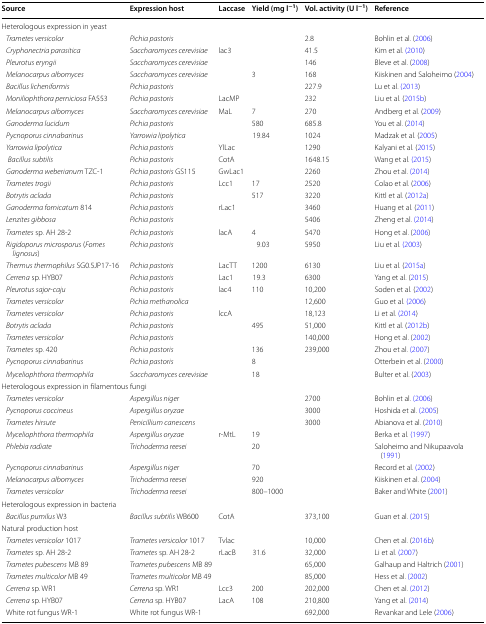
<table><thead><tr><td><b>Source</b></td><td><b>Expression host</b></td><td><b>Laccase</b></td><td><b>Yield (mg l<sup>−1</sup>)</b></td><td><b>Vol. activity (U l<sup>−1</sup>)</b></td><td><b>Reference</b></td></tr></thead><tbody><tr><td colspan="6">Heterologous expression in yeast</td></tr><tr><td><i> Trametes versicolor</i></td><td><i>Pichia pastoris</i></td><td></td><td></td><td>2.8</td><td>Bohlin et al. (2006)</td></tr><tr><td><i> Cryphonectria parasitica</i></td><td><i>Saccharomyces cerevisiae</i></td><td>lac3</td><td></td><td>41.5</td><td>Kim et al. (2010)</td></tr><tr><td><i> Pleurotus eryngii</i></td><td><i>Saccharomyces cerevisiae</i></td><td></td><td></td><td>146</td><td>Bleve et al. (2008)</td></tr><tr><td><i> Melanocarpus albomyces</i></td><td><i>Saccharomyces cerevisiae</i></td><td></td><td>3</td><td>168</td><td>Kiiskinen and Saloheimo (2004)</td></tr><tr><td><i> Bacillus licheniformis</i></td><td><i>Pichia pastoris</i></td><td></td><td></td><td>227.9</td><td>Lu et al. (2013)</td></tr><tr><td><i> Moniliophthora perniciosa</i> FA553</td><td><i>Pichia pastoris</i></td><td>LacMP</td><td></td><td>232</td><td>Liu et al. (2015b)</td></tr><tr><td><i> Melanocarpus albomyces</i></td><td><i>Saccharomyces cerevisiae</i></td><td>MaL</td><td>7</td><td>270</td><td>Andberg et al. (2009)</td></tr><tr><td><i> Ganoderma lucidum</i></td><td><i>Pichia pastoris</i></td><td></td><td>580</td><td>685.8</td><td>You et al. (2014)</td></tr><tr><td><i> Pycnoporus cinnabarinus</i></td><td><i>Yarrowia lipolytica</i></td><td></td><td>19.84</td><td>1024</td><td>Madzak et al. (2005)</td></tr><tr><td><i> Yarrowia lipolytica</i></td><td><i>Pichia pastoris</i></td><td>YlLac</td><td></td><td>1290</td><td>Kalyani et al. (2015)</td></tr><tr><td> <i> Bacillus subtilis</i></td><td><i>Pichia pastoris</i></td><td>CotA</td><td></td><td>1648.15</td><td>Wang et al. (2015)</td></tr><tr><td><i> Ganoderma weberianum</i> TZC-1</td><td><i>Pichia pastoris</i> GS115</td><td>GwLac1</td><td></td><td>2260</td><td>Zhou et al. (2014)</td></tr><tr><td><i> Trametes trogii</i></td><td><i>Pichia pastoris</i></td><td>Lcc1</td><td>17</td><td>2520</td><td>Colao et al. (2006)</td></tr><tr><td><i> Botrytis aclada</i></td><td><i>Pichia pastoris</i></td><td></td><td>517</td><td>3220</td><td>Kittl et al. (2012a)</td></tr><tr><td><i> Ganoderma fornicatum</i> 814</td><td><i>Pichia pastoris</i></td><td>rLac1</td><td></td><td>3460</td><td>Huang et al. (2011)</td></tr><tr><td><i> Lenzites gibbosa</i></td><td><i>Pichia pastoris</i></td><td></td><td></td><td>5406</td><td>Zheng et al. (2014)</td></tr><tr><td><i> Trametes</i> sp. AH 28-2</td><td><i>Pichia pastoris</i></td><td>lacA</td><td>4</td><td>5470</td><td>Hong et al. (2006)</td></tr><tr><td><i> Rigidoporus microsporus</i> (<i>Fomes lignosus</i>)</td><td><i>Pichia pastoris</i></td><td></td><td>9.03</td><td>5950</td><td>Liu et al. (2003)</td></tr><tr><td><i> Thermus thermophilus</i> SG0.5JP17-16</td><td><i>Pichia pastoris</i></td><td>LacTT</td><td>1200</td><td>6130</td><td>Liu et al. (2015a)</td></tr><tr><td><i> Cerrena</i> sp. HYB07</td><td><i>Pichia pastoris</i></td><td>Lac1</td><td>19.3</td><td>6300</td><td>Yang et al. (2015)</td></tr><tr><td><i> Pleurotus sajor</i>-<i>caju</i></td><td><i>Pichia pastoris</i></td><td>lac4</td><td>110</td><td>10,200</td><td>Soden et al. (2002)</td></tr><tr><td><i> Trametes versicolor</i></td><td><i>Pichia methanolica</i></td><td></td><td></td><td>12,600</td><td>Guo et al. (2006)</td></tr><tr><td><i> Trametes versicolor</i></td><td><i>Pichia pastoris</i></td><td>lccA</td><td></td><td>18,123</td><td>Li et al. (2014)</td></tr><tr><td><i> Botrytis aclada</i></td><td><i>Pichia pastoris</i></td><td></td><td>495</td><td>51,000</td><td>Kittl et al. (2012b)</td></tr><tr><td><i> Trametes versicolor</i></td><td><i>Pichia pastoris</i></td><td></td><td></td><td>140,000</td><td>Hong et al. (2002)</td></tr><tr><td><i> Trametes</i> sp. 420</td><td><i>Pichia pastoris</i></td><td></td><td>136</td><td>239,000</td><td>Zhou et al. (2007)</td></tr><tr><td><i> Pycnoporus cinnabarinus</i></td><td><i>Pichia pastoris</i></td><td></td><td>8</td><td></td><td>Otterbein et al. (2000)</td></tr><tr><td><i> Myceliophthora thermophila</i></td><td><i>Saccharomyces cerevisiae</i></td><td></td><td>18</td><td></td><td>Bulter et al. (2003)</td></tr><tr><td colspan="6">Heterologous expression in filamentous fungi</td></tr><tr><td><i> Trametes versicolor</i></td><td><i>Aspergillus niger</i></td><td></td><td></td><td>2700</td><td>Bohlin et al. (2006)</td></tr><tr><td><i> Pycnoporus coccineus</i></td><td><i>Aspergillus oryzae</i></td><td></td><td></td><td>3000</td><td>Hoshida et al. (2005)</td></tr><tr><td><i> Trametes hirsute</i></td><td><i>Penicillium canescens</i></td><td></td><td></td><td>3000</td><td>Abianova et al. (2010)</td></tr><tr><td><i> Myceliophthora thermophila</i></td><td><i>Aspergillus oryzae</i></td><td>r-MtL</td><td>19</td><td></td><td>Berka et al. (1997)</td></tr><tr><td><i> Phlebia radiate</i></td><td><i>Trichoderma reesei</i></td><td></td><td>20</td><td></td><td>Saloheimo and Nikupaavola (1991)</td></tr><tr><td><i> Pycnoporus cinnabarinus</i></td><td><i>Aspergillus niger</i></td><td></td><td>70</td><td></td><td>Record et al. (2002)</td></tr><tr><td><i> Melanocarpus albomyces</i></td><td><i>Trichoderma reesei</i></td><td></td><td>920</td><td></td><td>Kiiskinen et al. (2004)</td></tr><tr><td><i> Trametes versicolor</i></td><td><i>Trichoderma reesei</i></td><td></td><td>800–1000</td><td></td><td>Baker and White (2001)</td></tr><tr><td colspan="6">Heterologous expression in bacteria</td></tr><tr><td><i> Bacillus pumilus</i> W3</td><td><i>Bacillus subtilis</i> WB600</td><td>CotA</td><td></td><td>373,100</td><td>Guan et al. (2015)</td></tr><tr><td colspan="6">Natural production host</td></tr><tr><td><i> Trametes versicolor</i> 1017</td><td><i>Trametes versicolor</i> 1017</td><td>Tvlac</td><td></td><td>10,000</td><td>Chen et al. (2016b)</td></tr><tr><td><i> Trametes</i> sp. AH 28-2</td><td><i>Trametes</i> sp. AH 28-2</td><td>rLacB</td><td>31.6</td><td>32,000</td><td>Li et al. (2007)</td></tr><tr><td><i> Trametes pubescens</i> MB 89</td><td><i>Trametes pubescens</i> MB 89</td><td></td><td></td><td>65,000</td><td>Galhaup and Haltrich (2001)</td></tr><tr><td><i> Trametes multicolor</i> MB 49</td><td><i>Trametes multicolor</i> MB 49</td><td></td><td></td><td>85,000</td><td>Hess et al. (2002)</td></tr><tr><td><i> Cerrena</i> sp. WR1</td><td><i>Cerrena</i> sp. WR1</td><td>Lcc3</td><td>200</td><td>202,000</td><td>Chen et al. (2012)</td></tr><tr><td><i> Cerrena</i> sp. HYB07</td><td><i>Cerrena</i> sp. HYB07</td><td>LacA</td><td>108</td><td>210,800</td><td>Yang et al. (2014)</td></tr><tr><td> White rot fungus WR-1</td><td>White rot fungus WR-1</td><td></td><td></td><td>692,000</td><td>Revankar and Lele (2006)</td></tr></tbody></table>